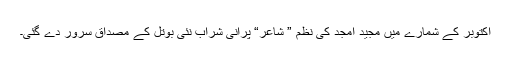
اکتوبر کے شمارے میں مجید امجد کی نظم ” شاعر“ پرانی شراب نئی بوتل کے مصداق سرور دے گئی۔